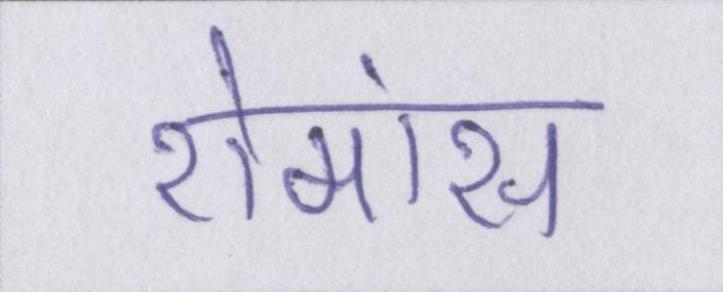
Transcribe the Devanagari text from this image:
रोमांस